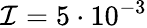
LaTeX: \mathcal{I}=5\cdot 10^{-3}